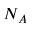
N _ { A }